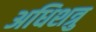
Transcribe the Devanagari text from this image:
अधिशत्रु